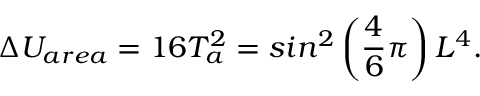
\Delta U _ { a r e a } = 1 6 T _ { a } ^ { 2 } = s i n ^ { 2 } \left( \frac { 4 } { 6 } \pi \right) L ^ { 4 } .